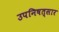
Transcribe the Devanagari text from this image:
उपनिषत्सार